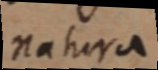
natura